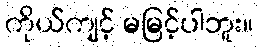
ကိုယ်ကျင့် မမြင့်ပါဘူး။